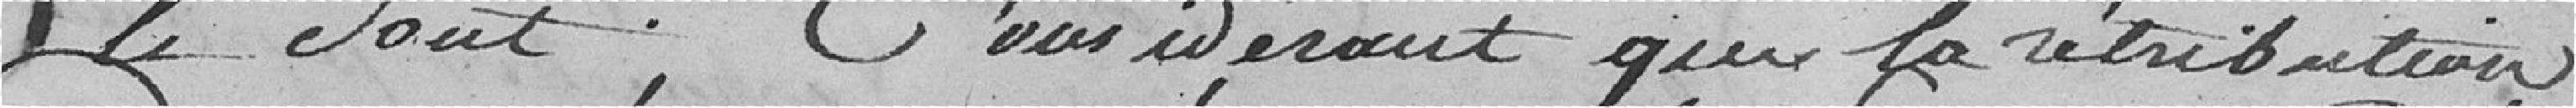
le soit. Considérant que la rétribution